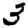
Digit: 3